Indian Medical Review
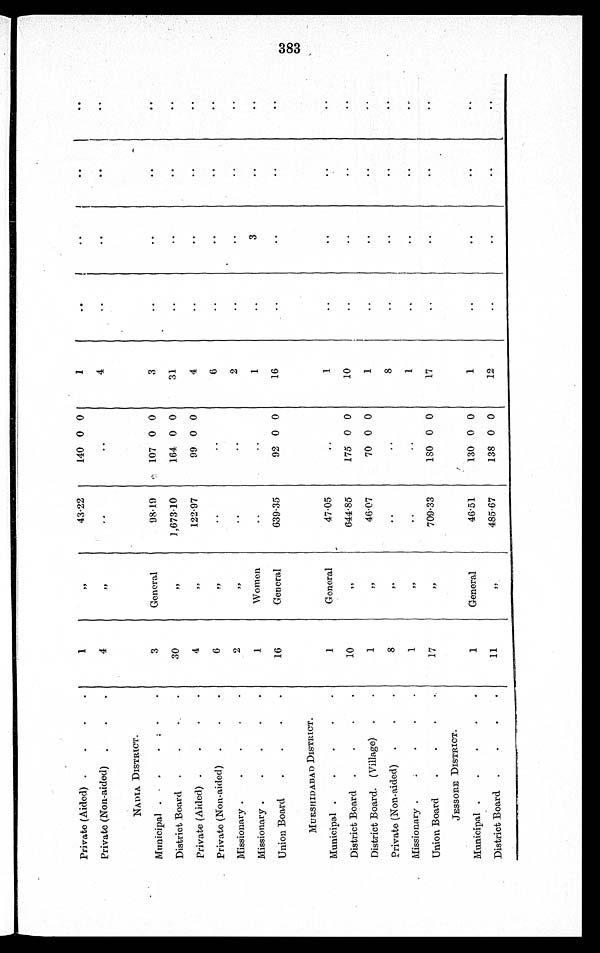
Private (Aided)
1
,,
43·22
140 0 0
1
..
..
. .
. .
Private (Non-aided)
4
,,
. .
. .
4
. .
. .
. .
. .
NADIA DISTRACT.
Municipal
3
General
98·19
107 0 0
3
..
. .
. .
. .
District Board
30
,,
1,673·10
164 0 0
31
. .
. .
. .
. .
Private (Aided)
4
,,
122·97
99 0 0
4
. .
..
. .
. .
Private (Non-aided)
6
,,
..
..
6
..
..
..
..
Missionary
2 ,,
..
..
2
. .
. .
. .
. .
Missionary
1
Women
. .
..
1
. .
3
. .
. .
Union Board
16
General
639·35
92 0 0
16
..
..
..
. .
MURSHIDABAD DISTRICT.
Municipal
1
General
47·05 ..
1
..
..
..
. .
District Board
10
,,
644·85
175 0 0
10
. .
. .
. .
. .
District Board. (Village)
1
,,
46·07
70 0 0
1
. .
. .
. .
. .
Private (Non-aided)
8
,,
. .
..
8
..
..
. .
..
Missionary
1
,,
. .
..
1
..
..
..
. .
Union Board
17
,,
709·33
180 0 0
17
. .
. .
. .
. .
JESSORE DISTRICT.
Municipal
1
General
46·51
130 0 0
1
..
..
..
. .
District Board
11
,,
485·67
138 0 0
12
..
..
..
..